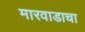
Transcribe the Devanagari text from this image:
मारवाडाचा